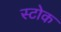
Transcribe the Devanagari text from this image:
स्‍टोक